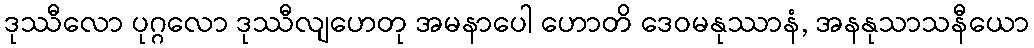
ဒုဿီလော ပုဂ္ဂလော ဒုဿီလျဟေတု အမနာပေါ ဟောတိ ဒေဝမနုဿာနံ, အနနုသာသနီယော